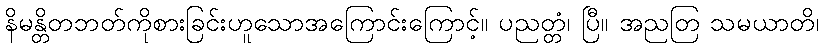
နိမန္တိတဘတ်ကိုစားခြင်းဟူသောအကြောင်းကြောင့်။ ပညတ္တံ၊ ပြီ။ အညတြ သမယာတိ၊